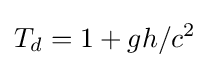
T_{d}=1+gh/c^{2}